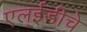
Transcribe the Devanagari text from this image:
एल्‌ईडीचे